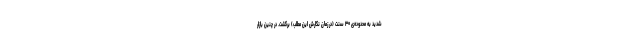
شدید به محدوده‌ی ۳۰ سنت (در زمان نگارش این مطلب) برگشت. در چنین بازار